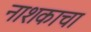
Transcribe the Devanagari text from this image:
नाशकाचा